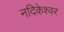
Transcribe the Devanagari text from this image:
नदिकेश्वर